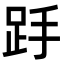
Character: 𮛋